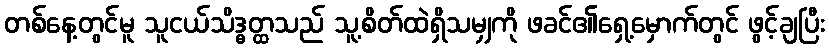
တစ်နေ့တွင်မူ သူငယ်သိဒ္ဓတ္ထသည် သူ့စိတ်ထဲရှိသမျှကို ဖခင်၏ရှေ့မှောက်တွင် ဖွင့်ချပြီး